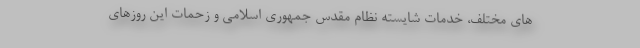
های مختلف، خدمات شایسته نظام مقدس جمهوری اسلامی و زحمات این روزهای